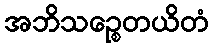
အဘိသဉ္စေတယိတံ